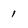
Character: 1